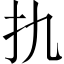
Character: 扏